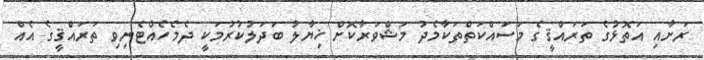
ރަށާއި އަތޮޅުގެ ތަރައްޤީގެ މަސައްކަތްތަކާމެދު މަޝްވަރާކޮށް ޚިޔާލު ބަދަލުކުރުމަކީ ދެމެހެއްޓެނިވި ތަރައްޤީގެ އެއް